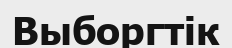
Выборгтік